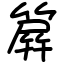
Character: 簈